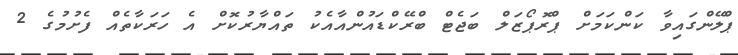
ޕްލޭންގައިވާ ކަންކަމަށް ޕްރޮޕޯޒަލް ބަޖެޓް ބްރޭކްޑައުންއާއެކު ތައްޔާރުކޮށް އެ ހަރަކާތެއް ފެށުމުގެ 2